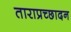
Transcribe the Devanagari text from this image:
ताराप्रच्छादन